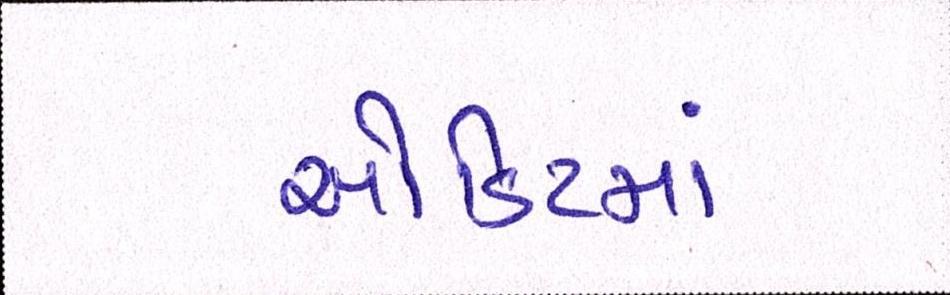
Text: ઓડિટમાં